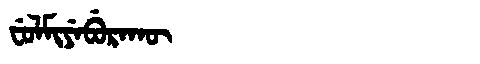
Manchu: ᠸᡠᠯᠮᡳᠶᡝᠪᡠᡵᠠᡴᡡ
Romanization: FULMIYEBURAKŪ